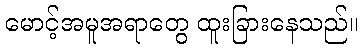
မောင့်အမူအရာတွေ ထူးခြားနေသည်။